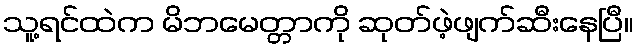
သူ့ရင်ထဲက မိဘမေတ္တာကို ဆုတ်ဖဲ့ဖျက်ဆီးနေပြီ။